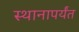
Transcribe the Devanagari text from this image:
स्थानापर्यंत